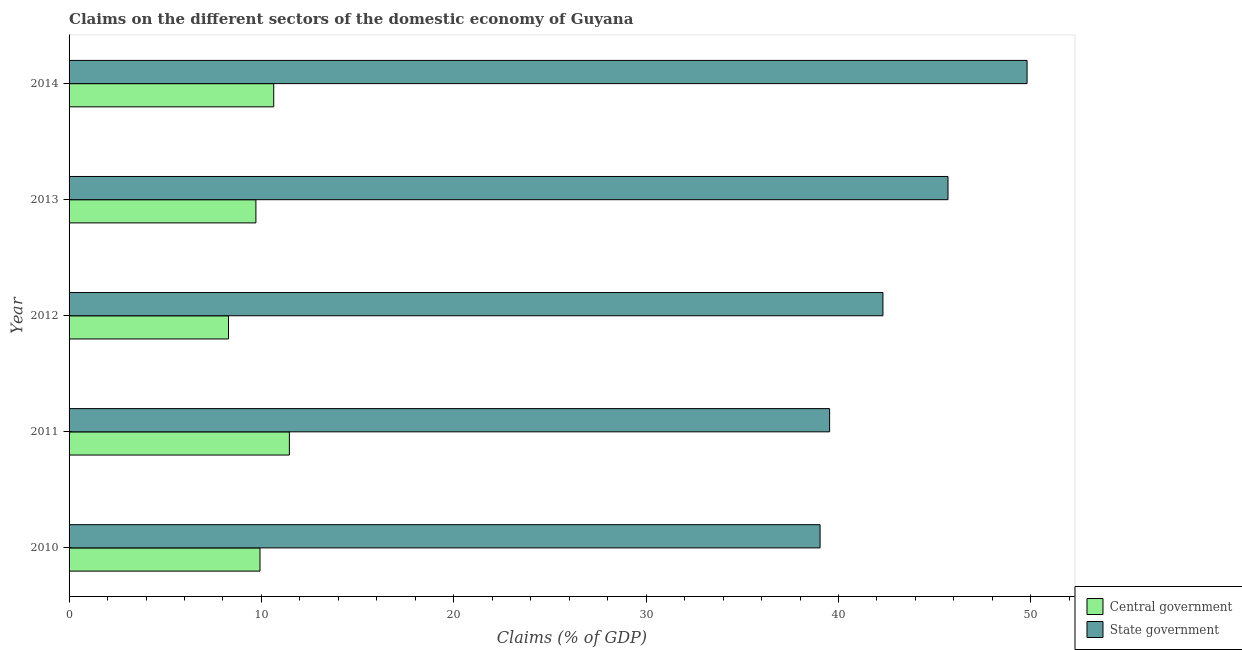
| Year | Central government | State government |
 | --- | --- | --- |
 | 2010 | 9.93 | 39 |
 | 2011 | 11.5 | 39.5 |
 | 2012 | 8.29 | 42.3 |
 | 2013 | 9.71 | 45.7 |
 | 2014 | 10.6 | 49.8 |